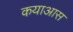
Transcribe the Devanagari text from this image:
कयाआस